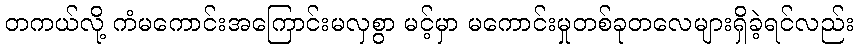
တကယ်လို့ ကံမကောင်းအကြောင်းမလှစွာ မင့်မှာ မကောင်းမှုတစ်ခုတလေများရှိခဲ့ရင်လည်း